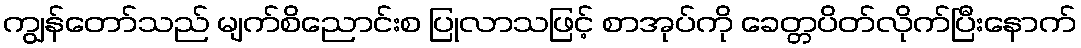
ကျွန်တော်သည် မျက်စိညောင်းစ ပြုလာသဖြင့် စာအုပ်ကို ခေတ္တပိတ်လိုက်ပြီးနောက်